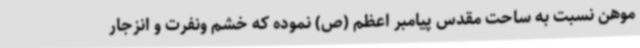
موهن نسبت به ساحت مقدس پیامبر اعظم (ص) نموده که خشم ونفرت و انزجار